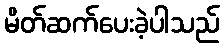
မိတ်ဆက်ပေးခဲ့ပါသည်